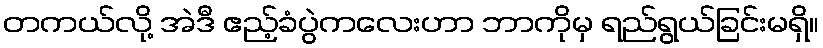
တကယ်လို့ အဲဒီ ဧည့်ခံပွဲကလေးဟာ ဘာကိုမှ ရည်ရွယ်ခြင်းမရှိ။